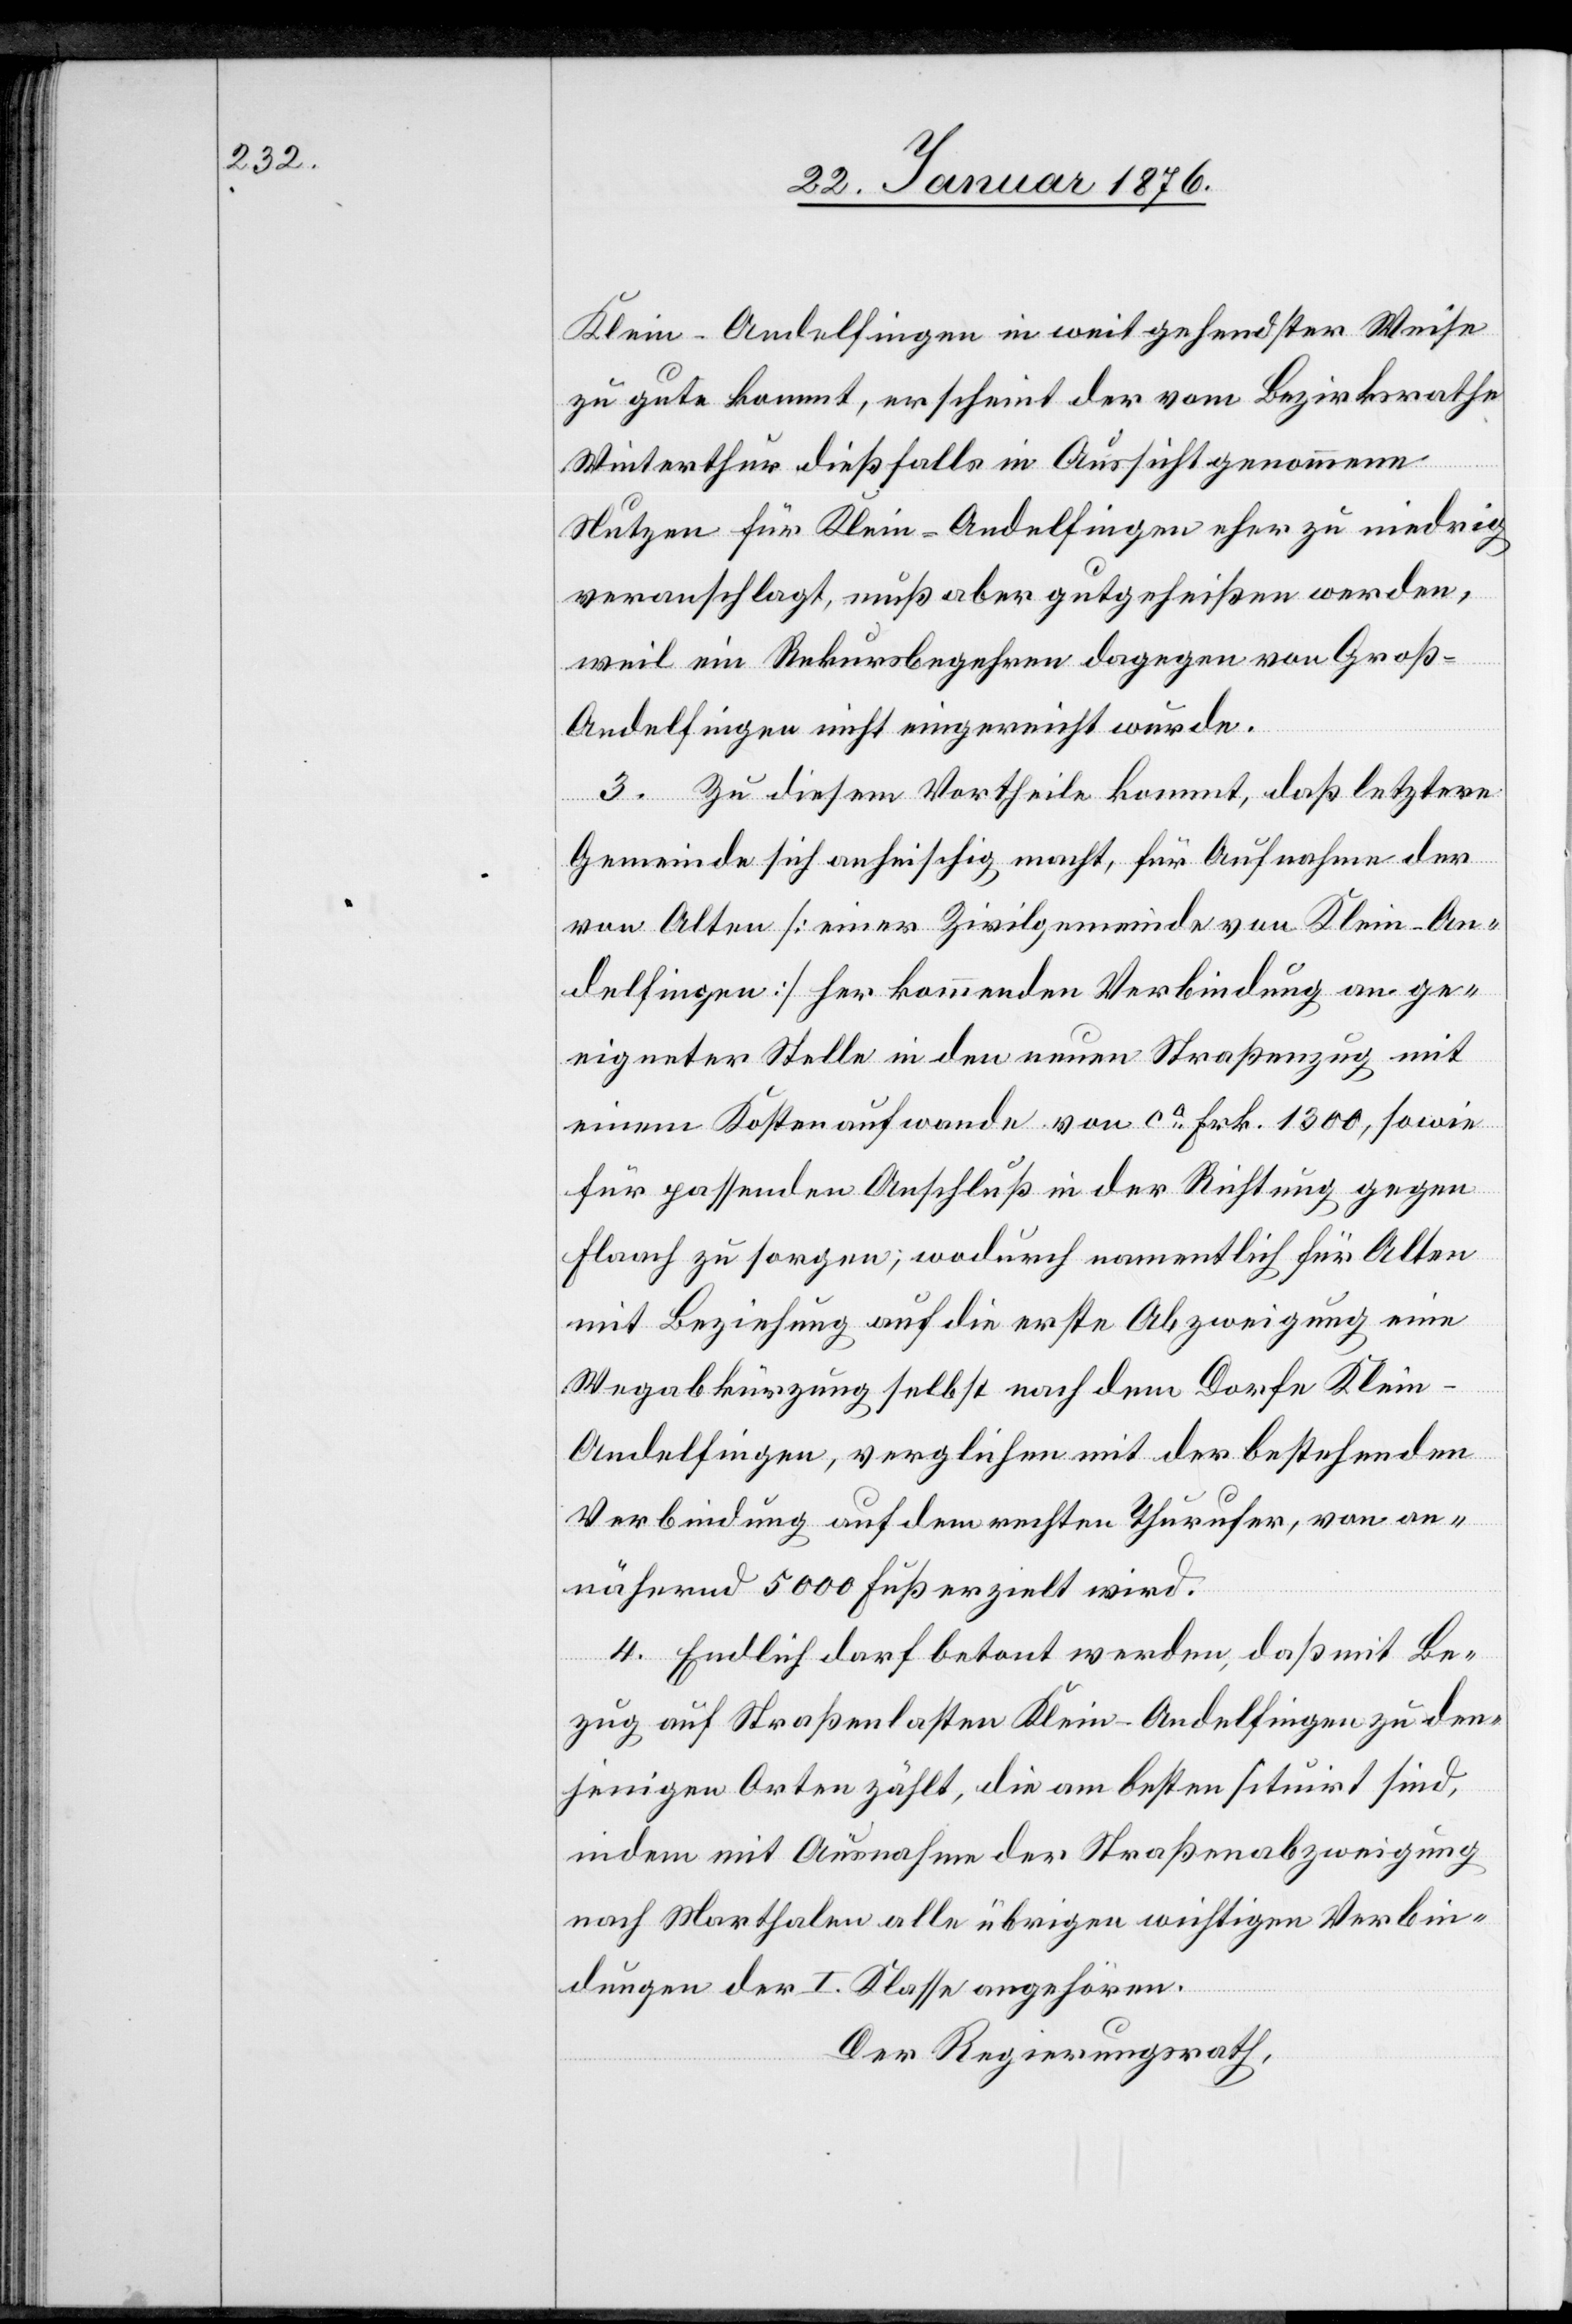
Klein-Andelfingen in weitgehendster Weise
zu gute kommt, erscheint der vom Bezirksrathe
Winterthur dießfalls in Aussicht genommene
Nutzen für Klein-Andelfingen eher zu niedrig
veranschlagt, muß aber gutgeheißen werden,
weil ein Rekursbegehren dagegen von Groß-A¬
ndelfingen nicht eingereicht wurde.
3. Zu diesem Vortheile kommt, daß letztere
Gemeinde sich anheischig macht, für Aufnahme der
von Alten [einer Zivilgemeinde von Klein-An¬
delfingen] her kommenden Verbindung an ge¬
eigneter Stelle in den neuen Straßenzug mit
einem Kostenaufwande von ca. Frk. 1300, sowie
für passenden Anschluß in der Richtung gegen
Flaach zu sorgen; wodurch namentlich für Alten
mit Beziehung auf die erste Abzweigung eine
Wegabkürzung selbst nach dem Dorfe Klei¬
n-Andelfingen, verglichen mit der bestehenden
Verbindung auf dem rechten Thurufer, von an¬
nähernd 5000 Fuß erzielt wird.
4. Endlich darf betont werden, daß mit Be¬
zug auf Straßenlasten Klein-Andelfingen zu den¬
jenigen Orten zählt, die am besten situirt sind,
indem mit Ausnahme der Straßenabzweigung
nach Marthalen alle übrigen wichtigen Verbin¬
dungen der I. Klasse angehören.
Der Regierungsrath,